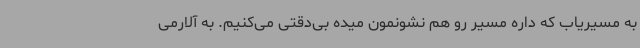
به مسیریاب که داره مسیر رو هم نشونمون میده بی‌دقتی می‌کنیم. به آلارمی